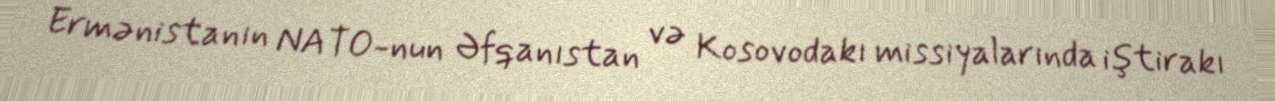
Ermənistanın NATO-nun Əfqanıstan və Kosovodakı missiyalarında iştirakı